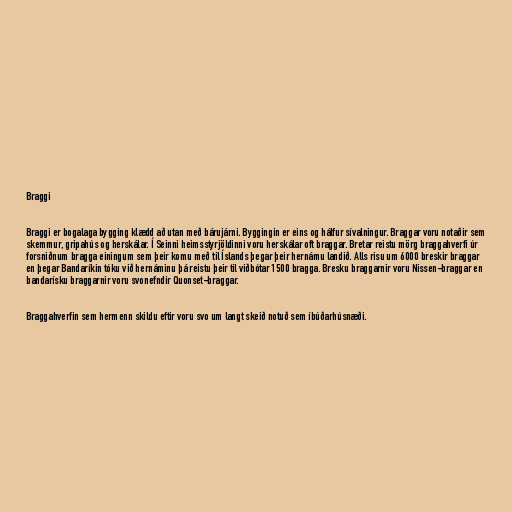
Braggi

Braggi er bogalaga bygging klædd að utan með bárujárni. Byggingin er eins og hálfur sívalningur. Braggar voru notaðir sem
skemmur, gripahús og herskálar. Í Seinni heimsstyrjöldinni voru herskálar oft braggar. Bretar reistu mörg braggahverfi úr
forsniðnum bragga einingum sem þeir komu með til Íslands þegar þeir hernámu landið. Alls risu um 6000 breskir braggar
en þegar Bandaríkin tóku við hernáminu þá reistu þeir til viðbótar 1500 bragga. Bresku braggarnir voru Nissen-braggar en
bandarísku braggarnir voru svonefndir Quonset-braggar.

Braggahverfin sem hermenn skildu eftir voru svo um langt skeið notuð sem íbúðarhúsnæði.